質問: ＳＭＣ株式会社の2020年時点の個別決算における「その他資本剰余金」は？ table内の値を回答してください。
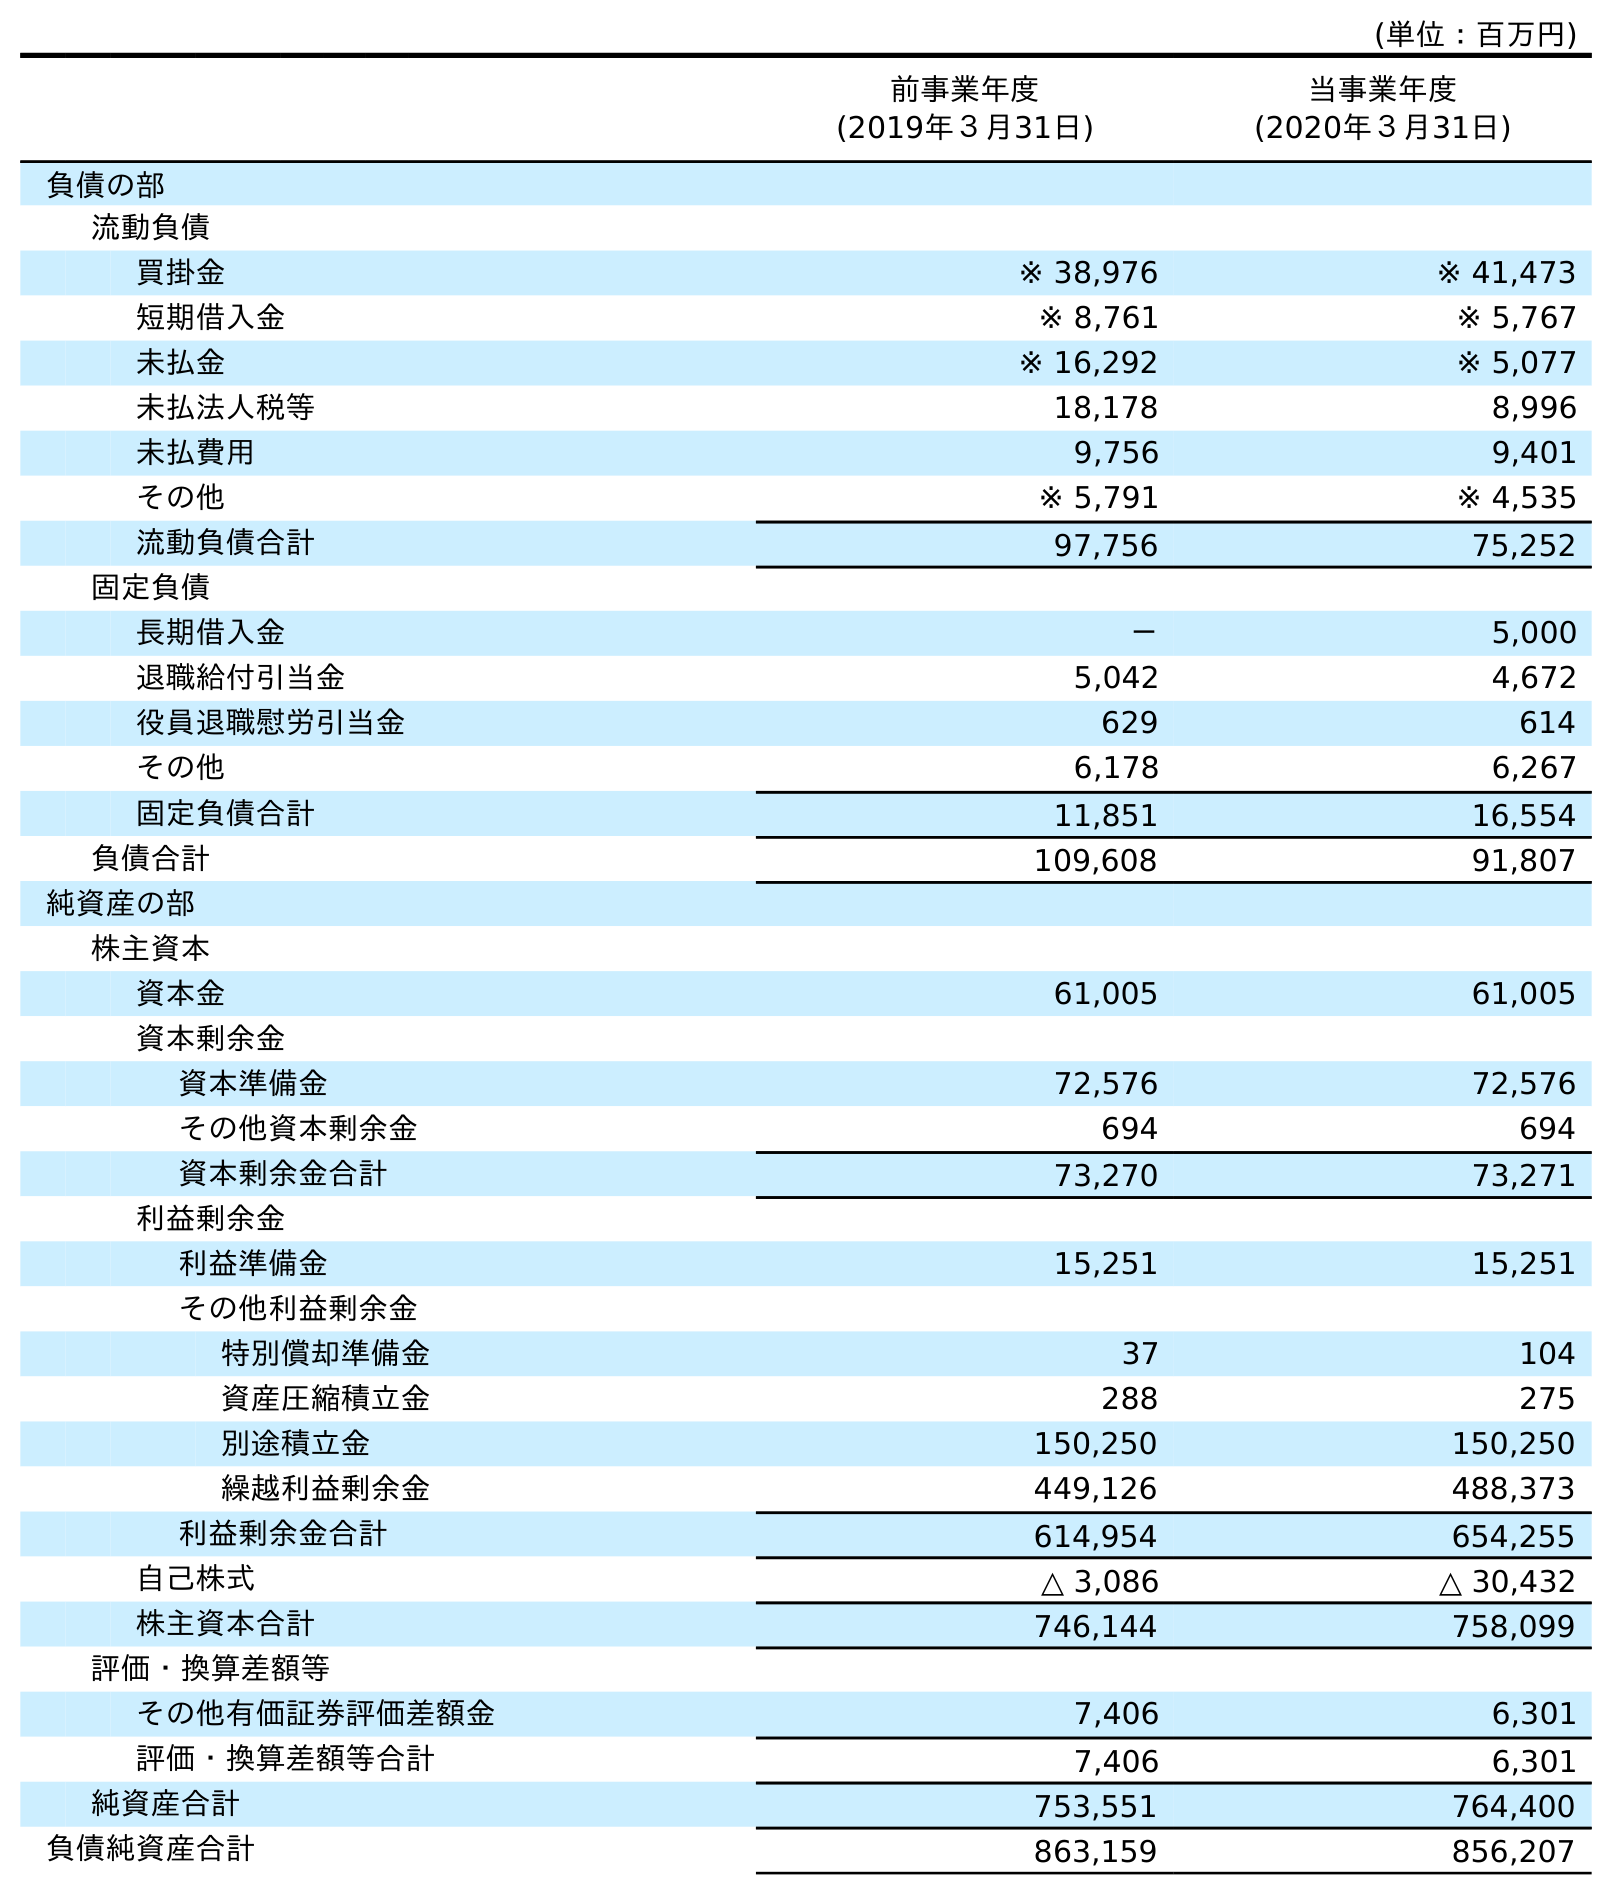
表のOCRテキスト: (単位：百万円) 前事業年度 (2019年３月31日) 当事業年度 (2020年３月31日) 負債の部 流動負債 買掛金 ※ 38,976 ※ 41,473 短期借入金 ※ 8,761 ※ 5,767 未払金 ※ 16,292 ※ 5,077 未払法人税等 18,178 8,996 未払費用 9,756 9,401 その他 ※ 5,791 ※ 4,535 流動負債合計 97,756 75,252 固定負債 長期借入金 － 5,000 退職給付引当金 5,042 4,672 役員退職慰労引当金 629 614 その他 6,178 6,267 固定負債合計 11,851 16,554 負債合計 109,608 91,807 純資産の部 株主資本 資本金 61,005 61,005 資本剰余金 資本準備金 72,576 72,576 その他資本剰余金 694 694 資本剰余金合計 73,270 73,271 利益剰余金 利益準備金 15,251 15,251 その他利益剰余金 特別償却準備金 37 104 資産圧縮積立金 288 275 別途積立金 150,250 150,250 繰越利益剰余金 449,126 488,373 利益剰余金合計 614,954 654,255 自己株式 △ 3,086 △ 30,432 株主資本合計 746,144 758,099 評価・換算差額等 その他有価証券評価差額金 7,406 6,301 評価・換算差額等合計 7,406 6,301 純資産合計 753,551 764,400 負債純資産合計 863,159 856,207
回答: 694